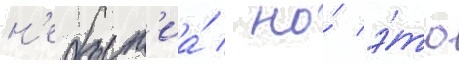
н'ебыт'иа́ / но́ э́то